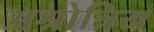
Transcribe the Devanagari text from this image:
अश्रोत्रिय